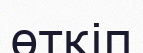
өткіп